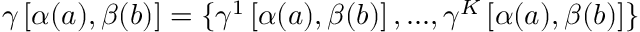
\gamma \left[ \alpha ( a ) , \beta ( b ) \right] = \{ \gamma ^ { 1 } \left[ \alpha ( a ) , \beta ( b ) \right] , . . . , \gamma ^ { K } \left[ \alpha ( a ) , \beta ( b ) \right] \}